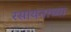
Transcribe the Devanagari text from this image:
रसायनाच्या